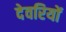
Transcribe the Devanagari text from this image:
देवरियों